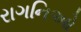
રાગનિઓ